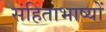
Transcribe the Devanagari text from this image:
संहिताभाष्यों